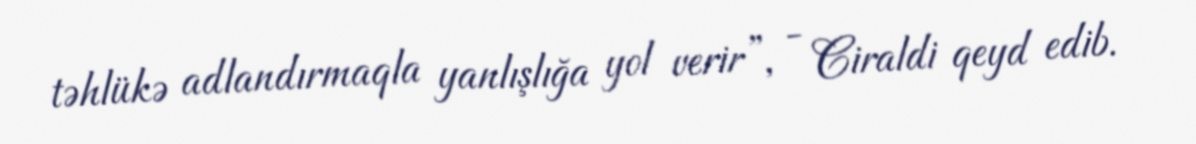
təhlükə adlandırmaqla yanlışlığa yol verir”, - Ciraldi qeyd edib.